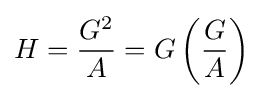
H={\frac {G^{2}}{A}}=G\left({\frac {G}{A}}\right)